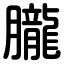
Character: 朧